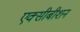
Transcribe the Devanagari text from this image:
एक्सीबीशन